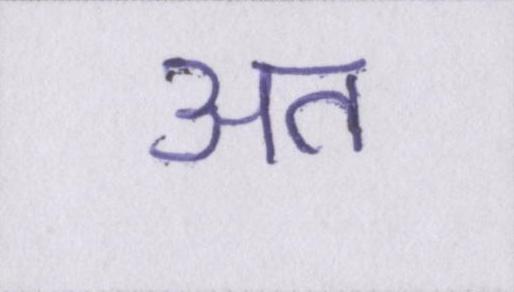
अत